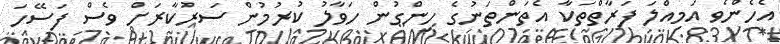
އެހެންވެ އަމިއްލަ ފަރާތްތަކާ އެތަންތަނުގެ ހިންގުން ހަވާލު ކުރުމުން ސަރުކާރަށް ވެސް ފަސޭހަ